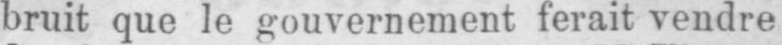
bruit que le gouvernement ferait vendre